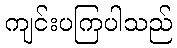
ကျင်းပကြပါသည်